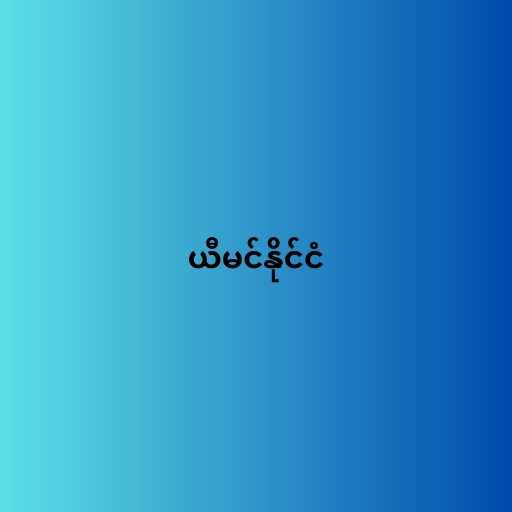
ယီမင်နိုင်ငံ